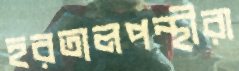
হরতালপন্থীরা